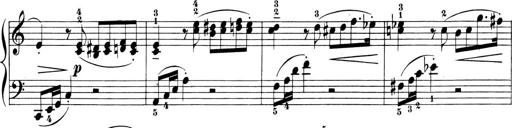
Title: 6 Piano Sonatinas
Composer: Cornelius Gurlitt